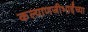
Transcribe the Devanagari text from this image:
कल्याणजीभाईंच्या